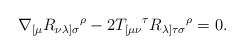
\begin{align*}\nabla _{\lbrack \mu }R_{\nu \lambda ]\sigma }{}^{\rho }-2T_{[\mu \nu}{}^{\tau }R_{\lambda ]\tau \sigma }{}^{\rho }=0. \end{align*}